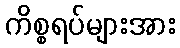
ကိစ္စရပ်များအား